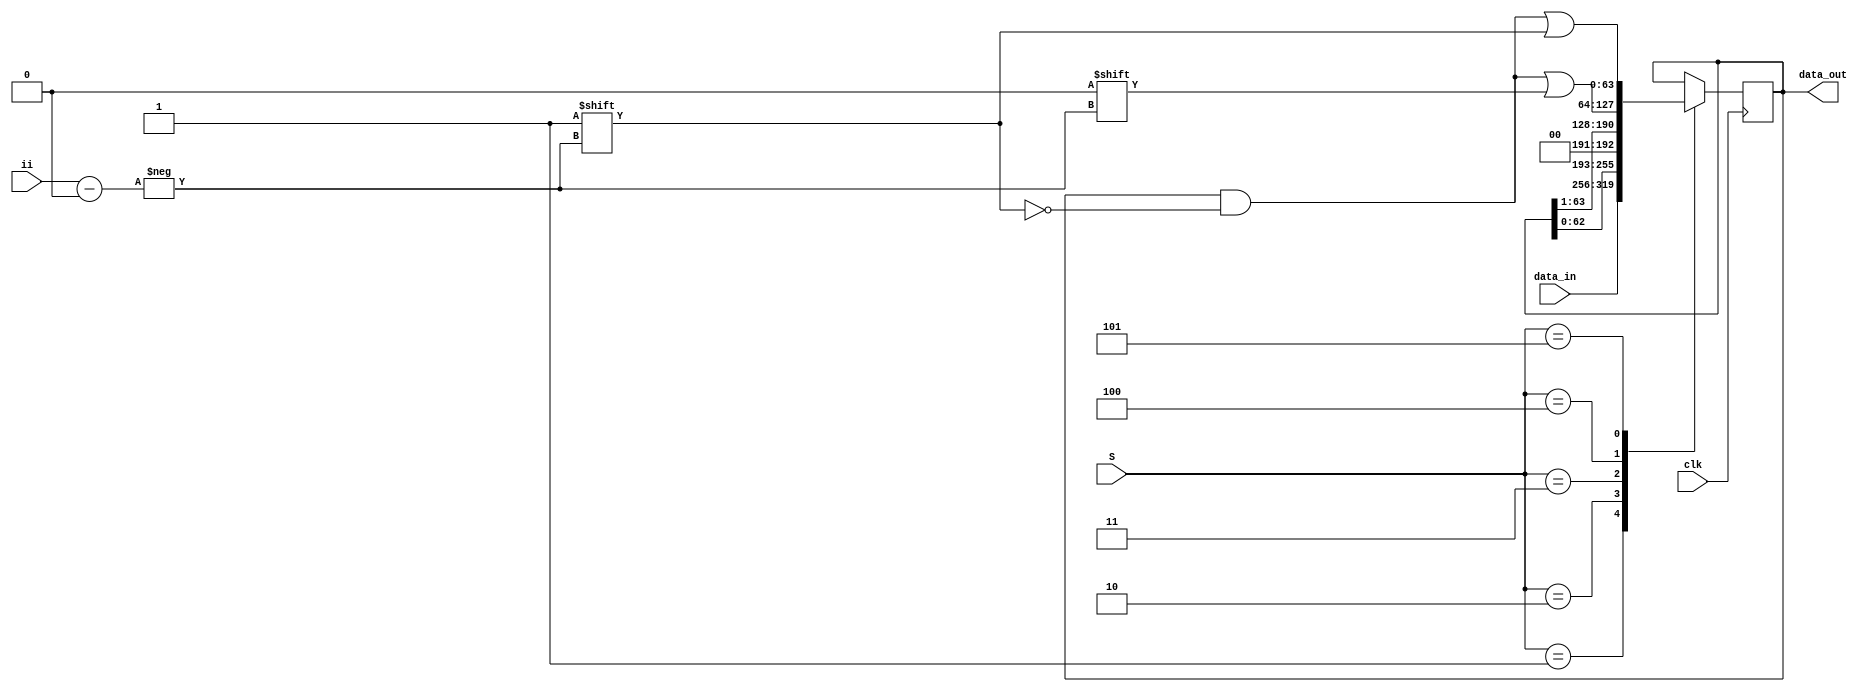
module SSR(clk, S, data_in, data_out, ii); 
	input clk;
	input [2:0] S;
	input [63:0] data_in; 
	input [5:0] ii;
	output [63:0] data_out; 
	reg [63:0] tmp; 
 
  	always @(posedge clk) 
    	begin 
		case(S)
		3'b001: tmp <= data_in; //load
		3'b010: tmp <= tmp << 1;  //Lshift
		3'b011: tmp <= tmp >> 1;  //Rshift
		3'b100: tmp[ii] <= 0;
		3'b101: tmp[ii] <= 1;
		default: tmp <= tmp;
		endcase
	end 
	assign data_out = tmp ;
endmodule